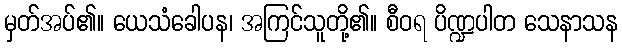
မှတ်အပ်၏။ ယေသံခေါပန၊ အကြင်သူတို့၏။ စီဝရ ပိဏ္ဍပါတ သေနာသန